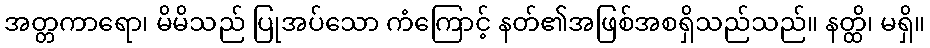
အတ္တကာရော၊ မိမိသည် ပြုအပ်သော ကံကြောင့် နတ်၏အဖြစ်အစရှိသည်သည်။ နတ္ထိ၊ မရှိ။